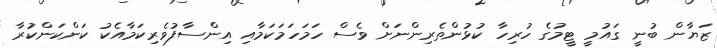
ޒަޔާން ބުނީ ގައުމީ ޓީމުގެ ހުރިހާ ކުޅުންތެރިންނަށް ވެސް ހަމަހަމަކަމާއި އިންސާފުވެރިކަމާއެކު ކަންކަންކުރާ